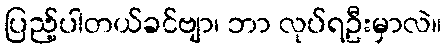
ပြည့်ပါတယ်ခင်ဗျာ၊ ဘာ လုပ်ရဦးမှာလဲ။